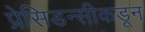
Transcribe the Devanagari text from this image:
प्रेसिडन्सीकडून